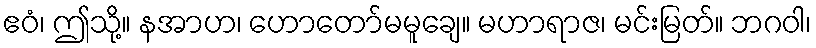
ဧဝံ၊ ဤသို့။ နအာဟ၊ ဟောတော်မမူချေ။ မဟာရာဇ၊ မင်းမြတ်။ ဘဂဝါ၊